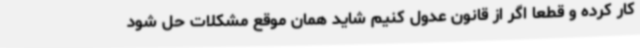
کار کرده و قطعا اگر از قانون عدول کنیم شاید همان موقع مشکلات حل شود